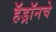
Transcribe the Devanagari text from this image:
हॅड्रॉनचे